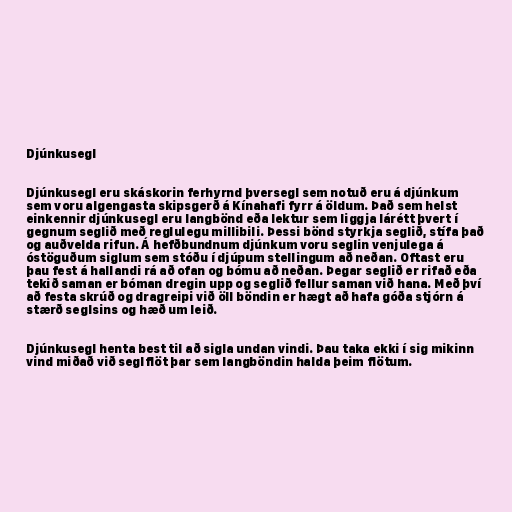
Djúnkusegl

Djúnkusegl eru skáskorin ferhyrnd þversegl sem notuð eru á djúnkum
sem voru algengasta skipsgerð á Kínahafi fyrr á öldum. Það sem helst
einkennir djúnkusegl eru langbönd eða lektur sem liggja lárétt þvert í
gegnum seglið með reglulegu millibili. Þessi bönd styrkja seglið, stífa það
og auðvelda rifun. Á hefðbundnum djúnkum voru seglin venjulega á
óstöguðum siglum sem stóðu í djúpum stellingum að neðan. Oftast eru
þau fest á hallandi rá að ofan og bómu að neðan. Þegar seglið er rifað eða
tekið saman er bóman dregin upp og seglið fellur saman við hana. Með því
að festa skrúð og dragreipi við öll böndin er hægt að hafa góða stjórn á
stærð seglsins og hæð um leið.

Djúnkusegl henta best til að sigla undan vindi. Þau taka ekki í sig mikinn
vind miðað við seglflöt þar sem langböndin halda þeim flötum.